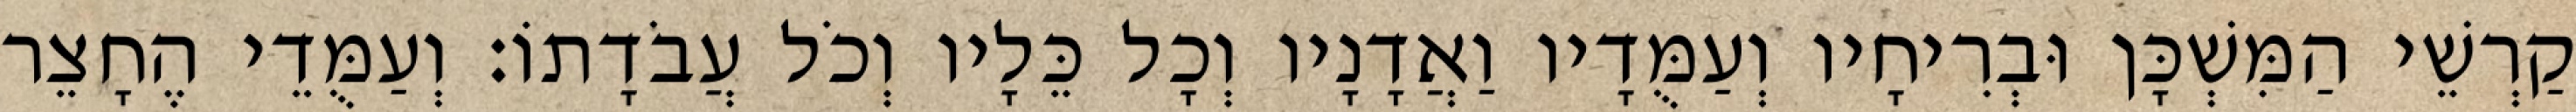
קַרְשֵׁי הַמִּשְׁכָּן וּבְרִיחָיו וְעַמֻּדָיו וַאֲדָנָיו וְכָל כֵּלָיו וְכֹל עֲבֹדָתוֹ׃ וְעַמֻּדֵי הֶחָצֵר